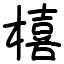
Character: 橲